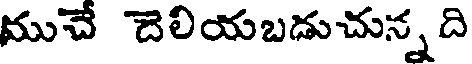
ముచే దెలియబడుచున్న ది